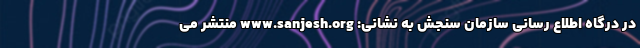
در درگاه اطلاع رسانی سازمان سنجش به نشانی: www.sanjesh.org منتشر می